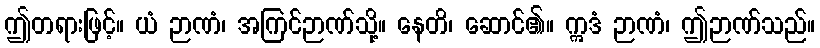
ဤတရားဖြင့်။ ယံ ဉာဏံ၊ အကြင်ဉာဏ်သို့။ နေတိ၊ ဆောင်၏။ ဣဒံ ဉာဏံ၊ ဤဉာဏ်သည်။